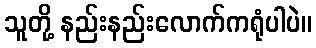
သူတို့ နည်းနည်းလောက်ကရုံပါပဲ။